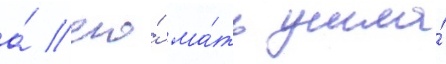
а́ его́ ма́ть ушла́